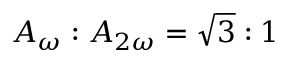
A _ { { \omega } } : A _ { 2 { \omega } } = \sqrt 3 : 1